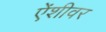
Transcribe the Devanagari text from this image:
ऐंशीवर